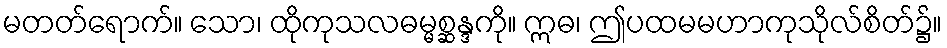
မတတ်ရောက်။ သော၊ ထိုကုသလဓမ္မစ္ဆန္ဒကို။ ဣဓ၊ ဤပထမမဟာကုသိုလ်စိတ်၌။